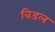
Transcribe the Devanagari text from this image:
बिडल